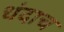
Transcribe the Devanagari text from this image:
धंदाच